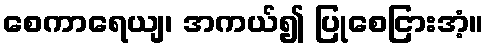
စေကာရေယျ၊ အကယ်၍ ပြုစေငြားအံ့။